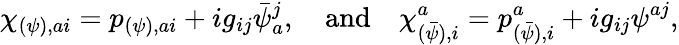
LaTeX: \chi_{(\psi),ai}=p_{(\psi),ai}+ig_{ij}\bar{\psi}_{a}^{j},\quad\mathrm{and}\quad\chi_{(\bar{\psi}),i}^{a}=p_{(\bar{\psi}),i}^{a}+ig_{ij}\psi^{aj},